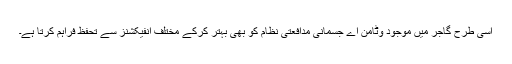
اسی طرح گاجر میں موجود وٹامن اے جسمانی مدافعتی نظام کو بھی بہتر کرکے مختلف انفیکشنز سے تحفظ فراہم کرتا ہے۔